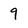
Character: 9